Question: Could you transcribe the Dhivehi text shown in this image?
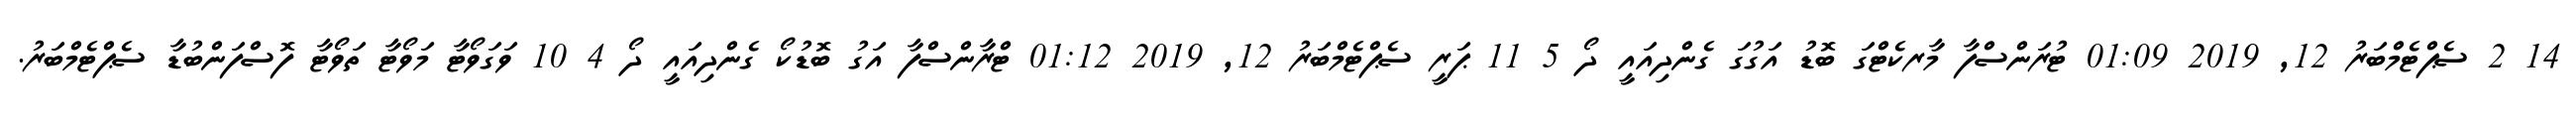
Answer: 14 2 ސެޕްޓެމްބަރު 12, 2019 01:09 ޓުރަންސްފާ މާރކެޓްގަ ބޮޑު އަގުގަ ގެންދިއައީ ދޯ 5 11 ޕަރީ ސެޕްޓެމްބަރު 12, 2019 01:12 ޓްރާންސްފާ އަގު ބޮޑުކޯ ގެންދިއައީ ދޯ 4 10 ވަގަވޯޓާ މަވޯޓާ ތަވޯޓާ ފޮސްފަންބުޑާ ސެޕްޓެމްބަރު.